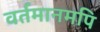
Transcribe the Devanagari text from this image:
वर्तमानमपि